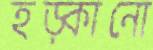
হড়্‌কানো